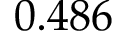
0 . 4 8 6